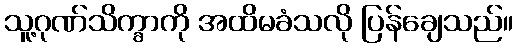
သူ့ဂုဏ်သိက္ခာကို အထိမခံသလို ပြန်ချေသည်။